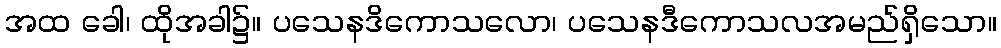
အထ ခေါ၊ ထိုအခါ၌။ ပသေနဒိကောသလော၊ ပသေနဒီကောသလအမည်ရှိသော။